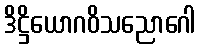
ဒိဋ္ဌိယောဂဝိသညောဂေါ